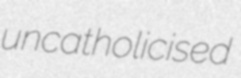
uncatholicised